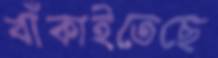
বাঁকাইতেছে